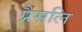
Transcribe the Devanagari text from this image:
प्रैसलि